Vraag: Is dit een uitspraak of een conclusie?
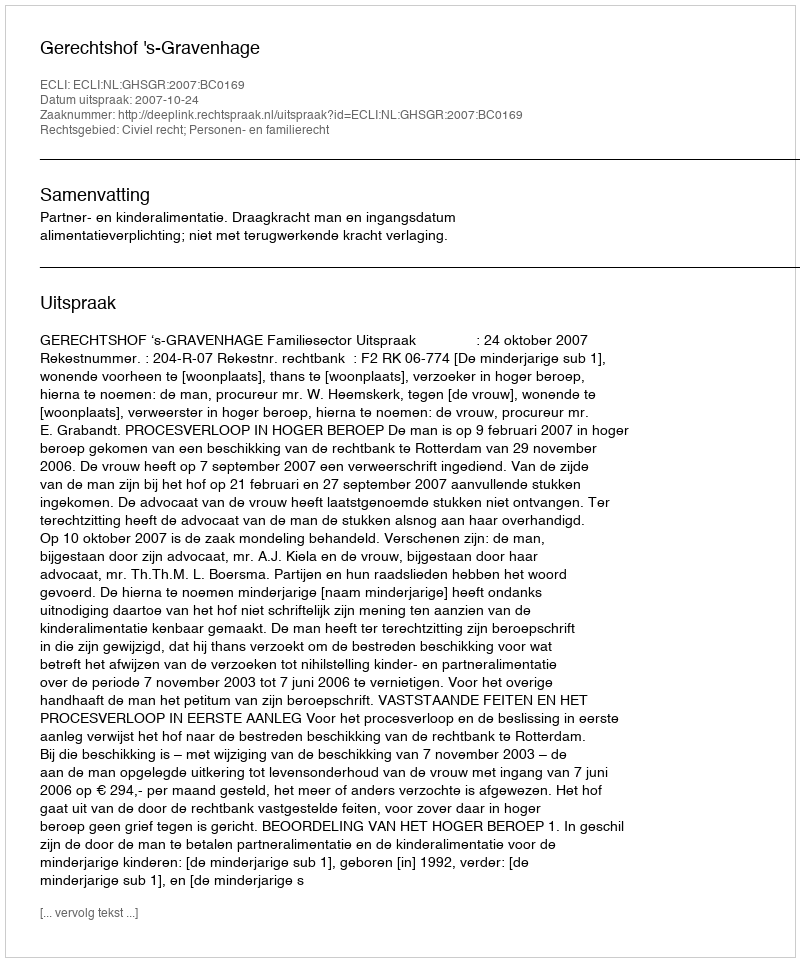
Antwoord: Uitspraak